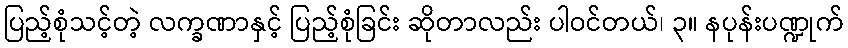
ပြည့်စုံသင့်တဲ့ လက္ခဏာနှင့် ပြည့်စုံခြင်း ဆိုတာလည်း ပါဝင်တယ်၊ ၃။ နပုန်းပဏ္ဍုက်